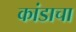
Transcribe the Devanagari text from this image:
कांडाचा